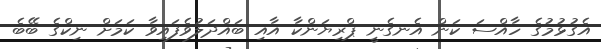
އެގުޅުމުގެ ހާއްސަ ކަން އެނގެނީ ޕްރިޔަންކާ އާއި ބައްދަލުވެފައިވާ ކަމަށް ނިކްގެ ބޭބެ